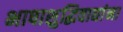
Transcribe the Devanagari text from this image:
भाषाशुद्धिवाद्यांना